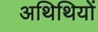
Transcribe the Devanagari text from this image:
अथिथियों